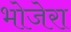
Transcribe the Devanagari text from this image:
भोजेरा